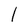
Character: 1